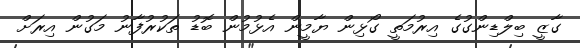
ގާޒީ ބިލްޑިންގުގެ އިރުމަތީ ގޯޅިން ޔާމީން އެޅުމުން ބޮޑު ތަކުރުފާނު މަގުން އިރަށް